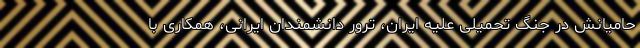
حامیانش در جنگ تحمیلی علیه ایران، ترور دانشمندان ایرانی، همکاری با